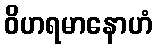
ဝိဟရမာနောဟံ